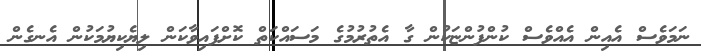
ނަމަވެސް އެއިން އެއްވެސް ކުންފުންޏަކުން ގާ އެތުރުމުގެ މަސައްކަތް ކޮށްފައިވާކަން ލިޔެކިޔުމަކުން އެނގެން